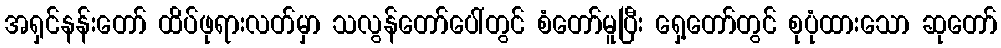
အရှင်နန်းတော် ထိပ်ဖုရားလတ်မှာ သလွန်တော်ပေါ်တွင် စံတော်မူပြီး ရှေ့တော်တွင် စုပုံထားသော ဆုတော်